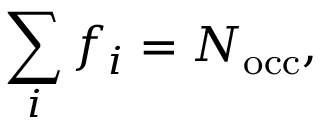
{ \displaystyle \sum _ { i } f _ { i } = N _ { \mathrm { o c c } } } ,